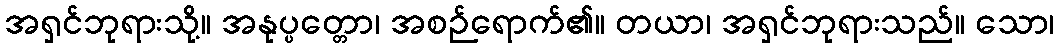
အရှင်ဘုရားသို့။ အနုပ္ပတ္တော၊ အစဉ်ရောက်၏။ တယာ၊ အရှင်ဘုရားသည်။ သော၊